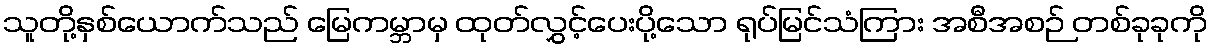
သူတို့နှစ်ယောက်သည် မြေကမ္ဘာမှ ထုတ်လွှင့်ပေးပို့သော ရုပ်မြင်သံကြား အစီအစဉ် တစ်ခုခုကို